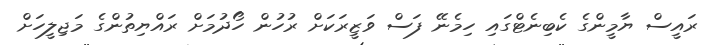
ރައީސް ޔާމީންގެ ކެބިނެޓްގައި ހިމެނޭ ފަސް ވަޒީރަކަށް ރުހުން ހޯދުމަށް ރައްޔިތުންގެ މަޖިލީހަށް